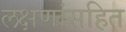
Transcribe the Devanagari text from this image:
लक्षणांसहित